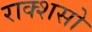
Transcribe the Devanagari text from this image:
राक्शसो